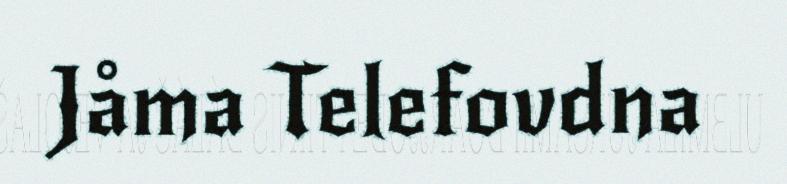
Jåma Telefovdna